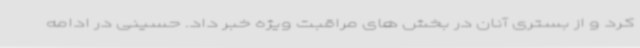
کرد و از بستری آنان در بخش های مراقبت ویژه خبر داد. حسینی در ادامه